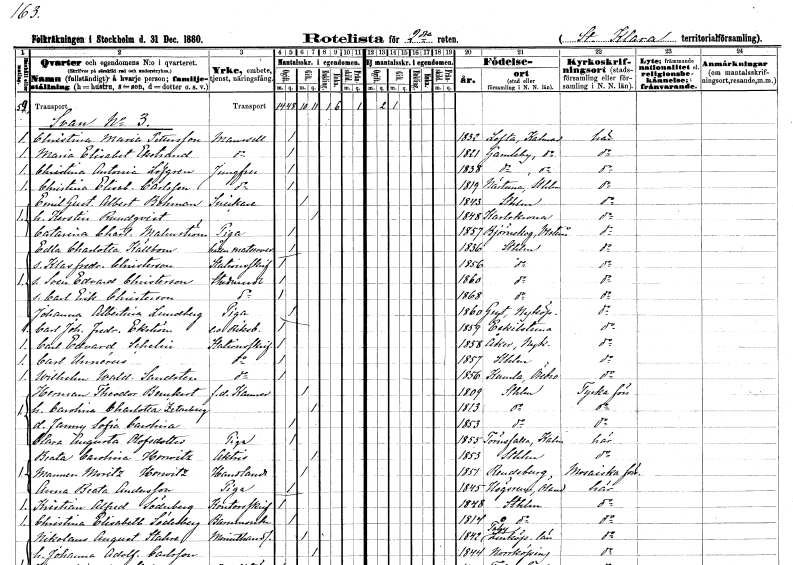
gt_parse: households: individuals: FN: Christina Maria
EN: Pettersson
KON: K
CIV: O
FODAR: 1832
FODFORS: Lofta Kalmar län
FN: Maria Elisabet
EN: Ekstrand
KON: K
CIV: O
FODAR: 1821
FODFORS: Gamleby Kalmar län
FN: Christina Antonia
EN: Löfgren
YRKE: Jungfru
KON: K
CIV: O
FODAR: 1838
FODFORS: Gamleby Kalmar län
FN: Christina Elisabet
EN: Carlsson
YRKE: Jungfru
KON: K
CIV: O
FODAR: 1819
FODFORS: Närtuna Stockholms län
FN: Emil Gustaf Albert
EN: Bohman
YRKE: Snickare
KON: M
CIV: G
FODAR: 1843
FODFORS: Stockholm
FN: Kerstin
EN: Rundqvist
KON: K
CIV: G
FODAR: 1848
FODFORS: Karlskrona Blekinge län
FN: Catarina Charlotta
EN: Malmström
YRKE: Piga
KON: K
CIV: O
FODAR: 1857
FODFORS: Björskog Västmanlands län
FN: Edla Charlotta
EN: Källbom
YRKE: Har matservering
KON: K
CIV: O
FODAR: 1836
FODFORS: Stockholm
FN: Klas Fredrik
EN: Christerson
YRKE: Stationsskrivare
KON: M
CIV: O
FODAR: 1856
FODFORS: Stockholm
FN: Sven Edvard
EN: Christerson
YRKE: Studerande
KON: M
CIV: O
FODAR: 1860
FODFORS: Stockholm
FN: Carl Erik
EN: Christerson
YRKE: Studerande
KON: M
CIV: O
FODAR: 1868
FODFORS: Stockholm
FN: Johanna Albertina
EN: Lundberg
YRKE: Piga
KON: K
CIV: O
FODAR: 1860
FODFORS: Gryt Södermanlands län
FN: Carl Johan Fredrik
EN: Ekström
YRKE: Riksbankstjänsteman e.o.
KON: M
CIV: O
FODAR: 1859
FODFORS: Eskilstuna Södermanlands län
FN: Carl Edvard
EN: Schelin
YRKE: Stationsskrivare
KON: M
CIV: O
FODAR: 1858
FODFORS: Åker Södermanlands län
FN: Carl
EN: Unnérus
YRKE: Stationsskrivare
KON: M
CIV: O
FODAR: 1857
FODFORS: Stockholm
FN: Wilhelm Waldemar
EN: Sandsten
YRKE: Stationsskrivare
KON: M
CIV: O
FODAR: 1856
FODFORS: Kumla Örebro län
FN: Herman Theodor
EN: Benckert
YRKE: Kamrer f.d.
KON: M
CIV: G
FODAR: 1809
FODFORS: Stockholm
FN: Carolina Charlotta
EN: Zetterberg
KON: K
CIV: G
FODAR: 1813
FODFORS: Stockholm
FN: Fanny Sofia Carolina
KON: K
CIV: O
FODAR: 1853
FODFORS: Stockholm
FN: Clara Augusta
EN: Olofsdotter
YRKE: Piga
KON: K
CIV: O
FODAR: 1855
FODFORS: Törnsfall Kalmar län
FN: Beata Carolina
EN: Horwitz
YRKE: Aktris
KON: K
CIV: G
FODAR: 1853
FODFORS: Stockholm
FN: Moritz
EN: Horwitz
YRKE: Handlande
KON: M
CIV: G
FODAR: 1851
FN: Anna Beata
EN: Andersson
YRKE: Piga
KON: K
CIV: O
FODAR: 1845
FODFORS: Högsrum Kalmar län
FN: Kristian Alfred
EN: Söderberg
YRKE: Kontorsskrivare
KON: M
CIV: O
FODAR: 1848
FODFORS: Stockholm
FN: Christina Elisabeth
EN: Söderberg
YRKE: Barnmorska
KON: K
CIV: O
FODAR: 1814
FODFORS: Stockholm